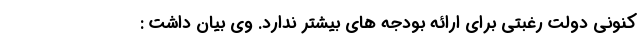
کنونی دولت رغبتی برای ارائه بودجه های بیشتر ندارد. وی بیان داشت :